Report of the Indian Hemp Drugs Commission, 1894-1895 - Volume IV
Year: 1894
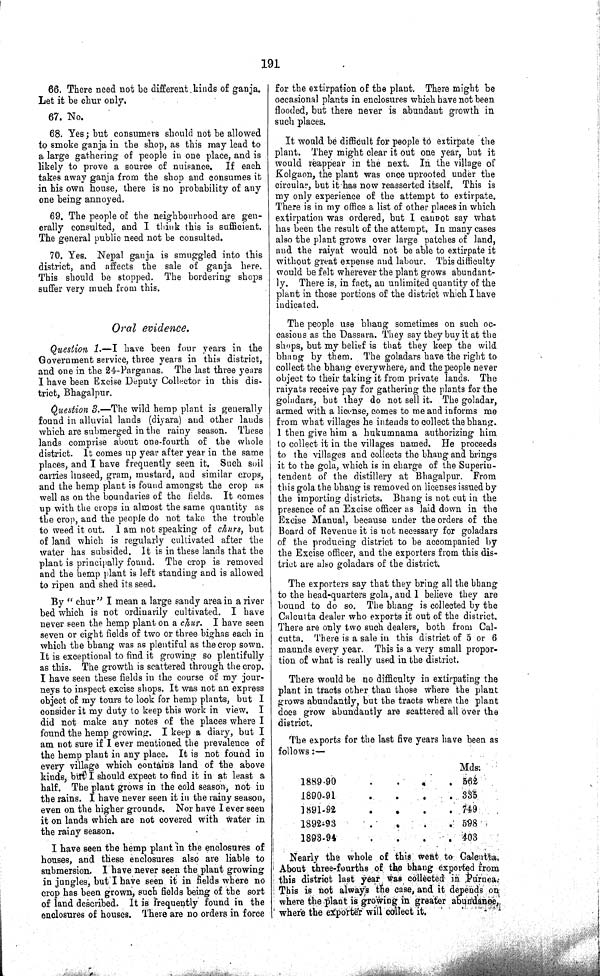
191
66. There need not be different kinds of ganja.
Let it be chur only.
67. No.
68. Yes; but consumers should not be allowed
to smoke ganja in the shop, as this may lead to
a large gathering of people in one place, and is
likely to prove a source of nuisance.
If each
takes away ganja from the shop and consumes it
in his own house, there is no probability of any
one being annoyed.
69. The people of the neighbourhood are gen-
erally consulted, and I think this is sufficient.
The general public need not be consulted.
70. Yes. Nepal ganja is smuggled into this
district, and affects the sale of ganja here.
This should be stopped. The bordering shops
suffer very much from this.
Oral evidence.
Question 1.—I have been four years in the
Government service, three years in this district,
and one in the 24-Parganas. The last three years
I have been Excise Deputy Collector in this dis-
trict, Bhagalpur.
Question 3.—The wild hemp plant is generally
found in alluvial lands (diyara) and other lands
which are submerged in the rainy season. These
lands comprise about one-fourth of the whole
district. It comes up year after year in the same
places, and I have frequently seen it. Such soil
carries linseed, gram, mustard, and similar crops,
and the hemp plant is found amongst the crop as
well as on the boundaries of the fields. It comes
up with the crops in almost the same quantity as
the crop, and the people do not take the trouble
to weed it out. I am not speaking of churs, but
of land which is regularly cultivated after the
water has subsided. It is in these lands that the
plant is principally found. The crop is removed
and the hemp plant is left standing and is allowed
to ripen and shed its seed.
By "chur" I mean a large sandy area in a river
bed which is not ordinarily cultivated. I have
never seen the hemp plant on a chur. I have seen
seven or eight fields of two or three bighas each in
which the bhang was as plentiful as the crop sown.
It is exceptional to find it growing so plentifully
as this. The growth is scattered through the crop.
I have seen these fields in the course of my jour-
neys to inspect excise shops. It was not an express
object of my tours to look for hemp plants, but I
consider it my duty to keep this work in view.
I
did not make any notes of the places where I
found the hemp growing. I keep a diary, but I
am not sure if I ever mentioned the prevalence of
the hemp plant in any place. It is not found in
every village which contains land of the above
kinds, but I should expect to find it in at least a
half. The plant grows in the cold season, not in
the rains. I have never seen it in the rainy season,
even on the higher grounds. Nor have I ever seen
it on lands which are not covered with water in
the rainy season.
I have seen the hemp plant in the enclosures of
houses, and these enclosures also are liable to
submersion. I have never seen the plant growing
in jungles, but I have seen it in fields where no
crop has been grown, such fields being of the sort
of land described. It is frequently found in the
enclosures of houses. There are no orders in force
for the extirpation of the plant. There might be
occasional plants in enclosures which have not been
flooded, but there never is abundant growth in
such places.
It would be difficult for people to extirpate the
plant. They might clear it out one year, but it
would reappear in the next. In the village of
Kolgaon, the plant was once uprooted under the
circular, but it has now reasserted itself. This is
my only experience of the attempt to extirpate.
There is in my office a list of other places in which
extirpation was ordered, but I cannot say what
has been the result of the attempt. In many cases
also the plant grows over large patches of land,
and the raiyat would not be able to extirpate it
without great expense and labour. This difficulty
would be felt wherever the plant grows abundant-
ly. There is, in fact, an unlimited quantity of the
plant in those portions of the district which I have
indicated.
The people use bhang sometimes on such oc-
casions as the Dassara. They say they buy it at the
shops, but my belief is that they keep the wild
bhang by them. The goladars have the right to
collect the bhang everywhere, and the people never
object to their taking it from private lands. The
raiyats receive pay for gathering the plants for the
goladars, but they do not sell it. The goladar,
armed with a license, comes to me and informs me
from what villages he intends to collect the bhang.
I then give him a hukumnama authorizing him
to collect it in the villages named. He proceeds
to the villages and collects the bhang and brings
it to the gola, which is in charge of the Superin-
tendent of the distillery at Bhagalpur. From
this gola the bhang is removed on licenses issued by
the importing districts. Bhang is not cut in the
presence of an Excise officer as laid down in the
Excise Manual, because under the orders of the
Board of Revenue it is not necessary for goladars
of the producing district to be accompanied by
the Excise officer, and the exporters from this dis-
trict are also goladars of the district.
The exporters say that they bring all the bhang
to the head-quarters gola, and I believe they are
bound to do so. The bhang is collected by the
Calcutta dealer who exports it out of the district.
There are only two such dealers, both from Cal-
cutta. There is a sale in this district of 5 or 6
maunds every year. This is a very small propor-
tion of what is really used in the district.
There would be no difficulty in extirpating the
plant in tracts other than those where the plant
grows abundantly, but the tracts where the plant
does grow abundantly are scattered all over the
district.
The exports for the last five years have been as
follows:—
Mds.
1889-90
562
1890-91
335
1891-92
749
1892-93
598
1893-94
403
Nearly the whole of this went to Calcutta.
About three-fourths of the bhang exported from
this district last year was collected in Purnea.
This is not always the case, and it depends on
where the plant is growing in greater abundance,
where the exporter will collect it.